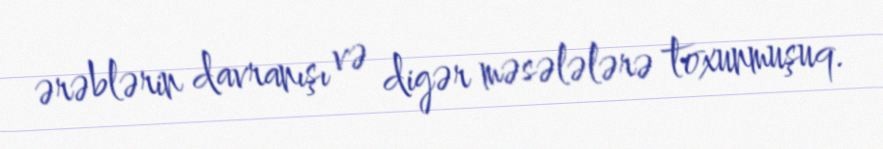
ərəblərin davranışı və digər məsələlərə toxunmuşuq.